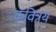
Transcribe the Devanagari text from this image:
कवित्रय